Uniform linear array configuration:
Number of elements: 64
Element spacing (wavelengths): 1
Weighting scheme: exponential
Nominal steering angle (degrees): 45
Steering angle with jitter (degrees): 46.485
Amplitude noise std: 0.05
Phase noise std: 0.05

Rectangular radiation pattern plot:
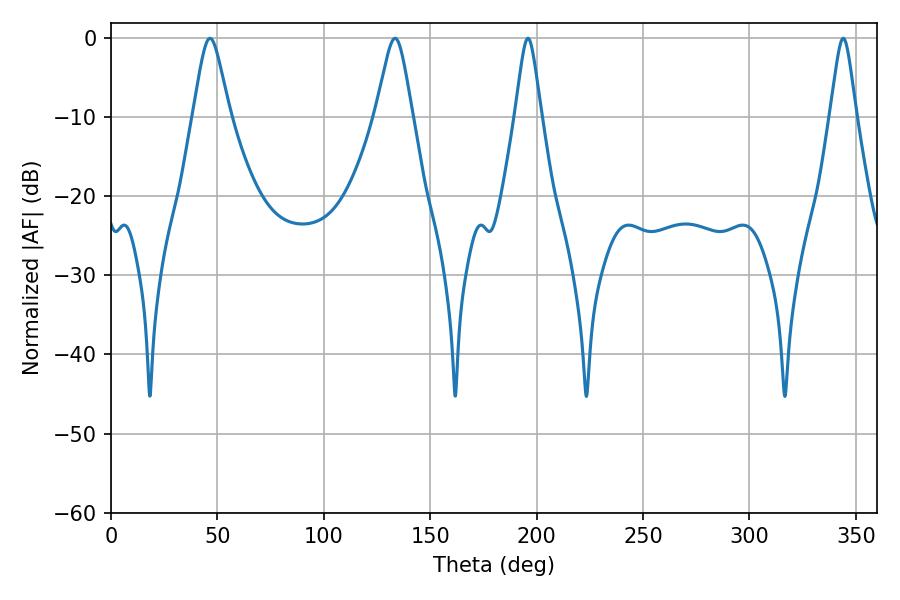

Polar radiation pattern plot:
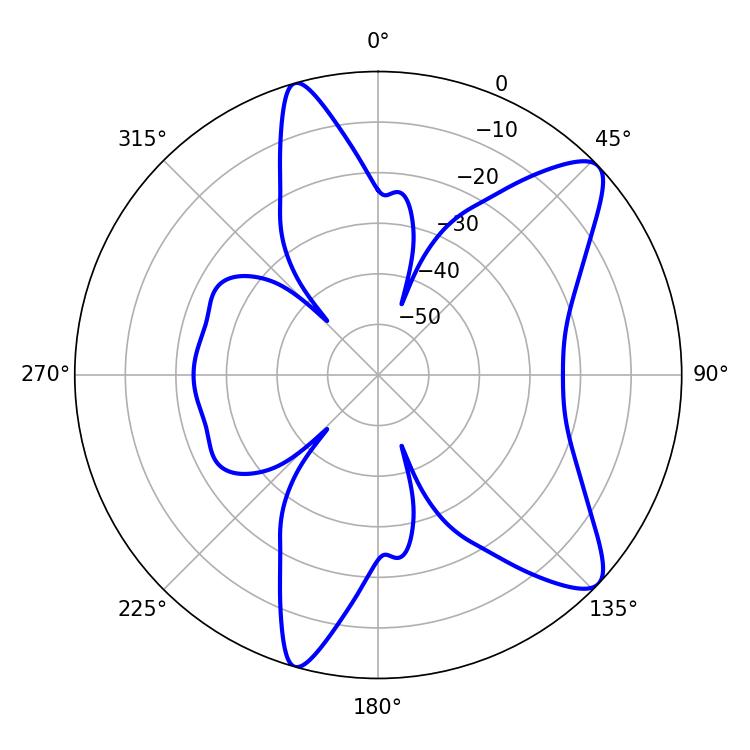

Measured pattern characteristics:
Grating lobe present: TRUE
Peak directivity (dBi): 10.208
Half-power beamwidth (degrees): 8.28
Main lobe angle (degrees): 46.44